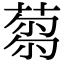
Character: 𦷝